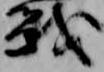
戦